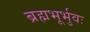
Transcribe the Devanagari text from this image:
ब्रह्मभूर्भुवः